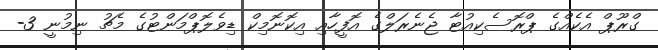
ގްރޫޕް އެކެއްގެ ޕްރޮސެކިއުޓާ ޖެނެރަލްގެ އޮފީހާއި އިކޮނޮމިކް ޑިވެލޮޕްމަންޓުގެ މެޗު ނިމުނީ 3-